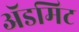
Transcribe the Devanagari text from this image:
ॲडमिट